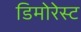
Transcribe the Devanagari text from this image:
डिमोरेस्ट